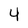
Character: 4